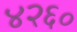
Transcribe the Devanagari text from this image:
४२६०